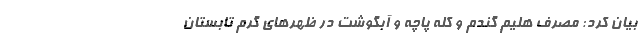
بیان کرد: مصرف هلیم گندم و کله پاچه و آبگوشت در ظهرهای گرم تابستان